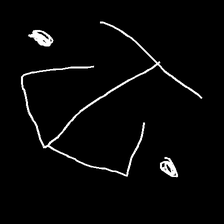
Glyph: earth